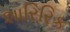
શારિરિક